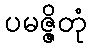
ပမဇ္ဇိတုံ